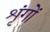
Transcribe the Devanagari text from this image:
शृंगों